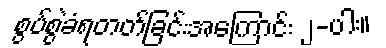
စွပ်စွဲခံရတတ်ခြင်းအကြောင်း ၂-ပါး။